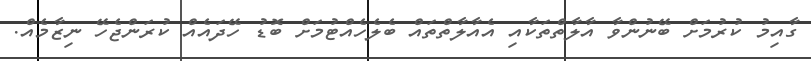
ގާއިމު ކުރުމަށް ބޭނުންވާ އާލާތްތަކާއި އެއާލާތްތައް ބެލެހެއްޓުމަށް ބޮޑު ހޭދައެއް ކުރަންޖެހޭ ނިޒާމެއް.